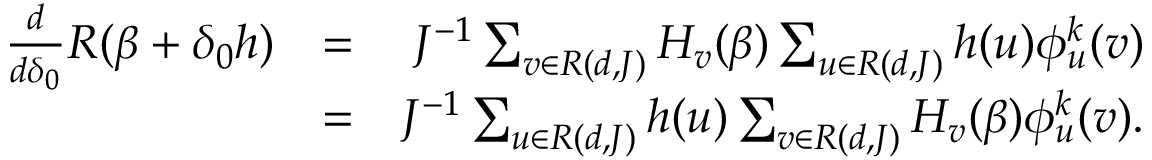
\begin{array} { r l r } { \frac { d } { d \delta _ { 0 } } R ( \beta + \delta _ { 0 } h ) } & { = } & { J ^ { - 1 } \sum _ { v \in { \cal R } ( d , J ) } H _ { v } ( \beta ) \sum _ { u \in { \cal R } ( d , J ) } h ( u ) \phi _ { u } ^ { k } ( v ) } \\ & { = } & { J ^ { - 1 } \sum _ { u \in { \cal R } ( d , J ) } h ( u ) \sum _ { v \in { \cal R } ( d , J ) } H _ { v } ( \beta ) \phi _ { u } ^ { k } ( v ) . } \end{array}